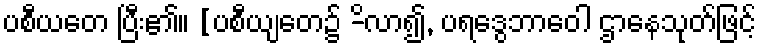
ပစီယတေ ပြီး၏။ [ပစီယျတေ၌ -ိလာ၍, ပရဒွေဘာဝေါ ဌာနေသုတ်ဖြင့်